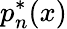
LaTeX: p_{n}^{*}(x)